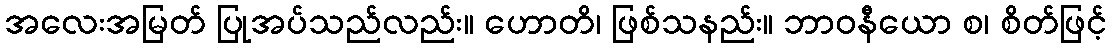
အလေးအမြတ် ပြုအပ်သည်လည်း။ ဟောတိ၊ ဖြစ်သနည်း။ ဘာဝနီယော စ၊ စိတ်ဖြင့်